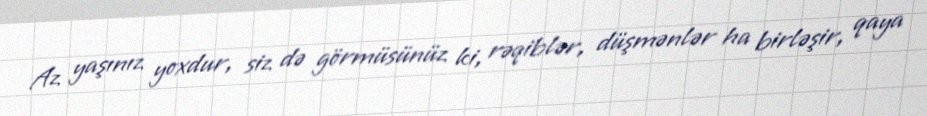
Az yaşınız yoxdur, siz də görmüsünüz ki, rəqiblər, düşmənlər ha birləşir, qaya